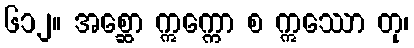
၆၁၂။ အစ္ဆော ဣက္ကော စ ဣဿော တု၊